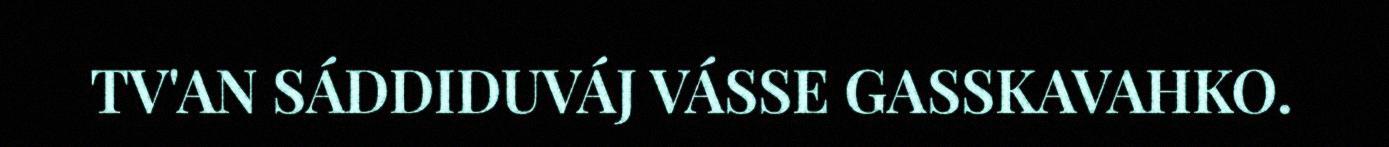
TV'AN SÁDDIDUVÁJ VÁSSE GASSKAVAHKO.